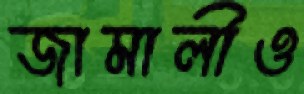
জামালীও